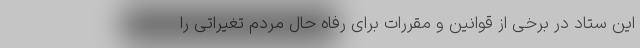
این ستاد در برخی از قوانین و مقررات برای رفاه حال مردم تغیراتی را